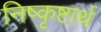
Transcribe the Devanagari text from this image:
निष्कृष्टार्थ